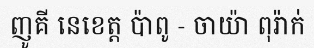
ញូគី នេខេត្ត ប៉ាពូ - ចាយ៉ា ពុរ៉ាក់